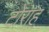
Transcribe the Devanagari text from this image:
टोराह